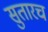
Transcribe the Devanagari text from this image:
सुतारच